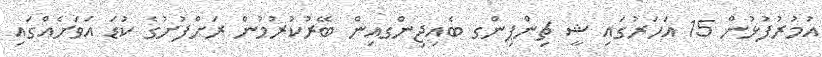
އުމުރުފުޅުން 15 އަހަރުގައި ޝީ ޗިންޕިންގ ބެއިޖިންގއިން ބޭރުކުރުމުން ރަށްފުށުގެ ކުޑަ އަވަށެއްގައި